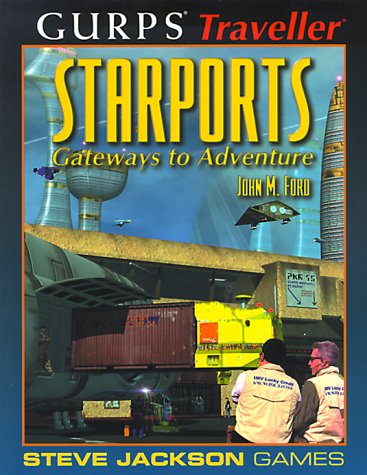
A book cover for GURPS Traveller Starports; John Ford; Science Fiction & Fantasy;